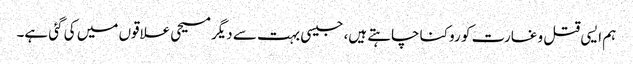
ہم ایسی قتل و غارت کو روکنا چاہتے ہیں، جیسی بہت سے دیگر مسیحی علاقوں میں کی گئی ہے۔